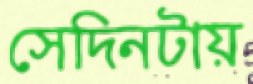
সেদিনটায়